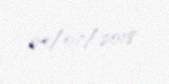
04/07/2018